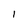
Character: 1